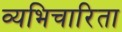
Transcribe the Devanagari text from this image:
व्यभिचारिता